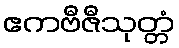
ဧကဗီဇီသုတ္တံ